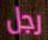
رجل